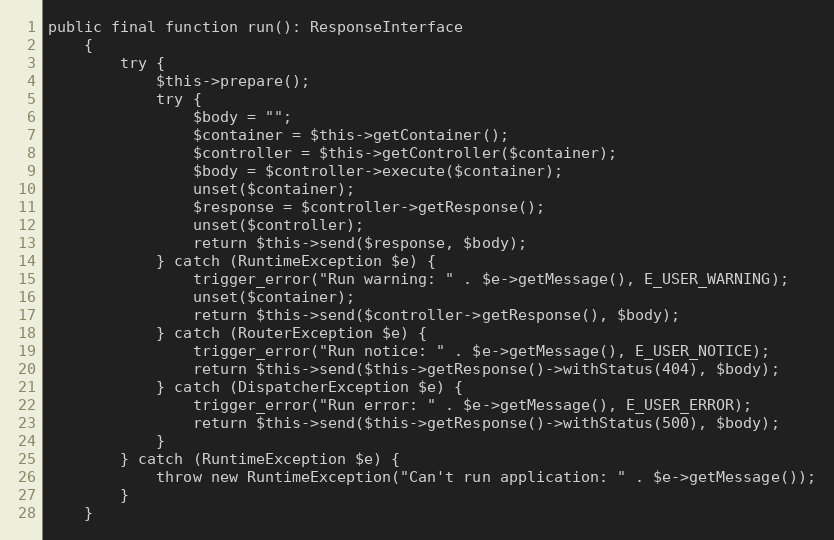
Language: PHP
public final function run(): ResponseInterface
    {
        try {
            $this->prepare();
            try {
                $body = "";
                $container = $this->getContainer();
                $controller = $this->getController($container);
                $body = $controller->execute($container);
                unset($container);
                $response = $controller->getResponse();
                unset($controller);
                return $this->send($response, $body);
            } catch (RuntimeException $e) {
                trigger_error("Run warning: " . $e->getMessage(), E_USER_WARNING);
                unset($container);
                return $this->send($controller->getResponse(), $body);
            } catch (RouterException $e) {
                trigger_error("Run notice: " . $e->getMessage(), E_USER_NOTICE);
                return $this->send($this->getResponse()->withStatus(404), $body);
            } catch (DispatcherException $e) {
                trigger_error("Run error: " . $e->getMessage(), E_USER_ERROR);
                return $this->send($this->getResponse()->withStatus(500), $body);
            }
        } catch (RuntimeException $e) {
            throw new RuntimeException("Can't run application: " . $e->getMessage());
        }
    }